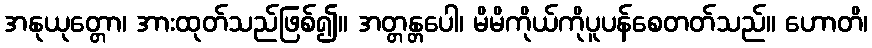
အနုယုတ္တော၊ အားထုတ်သည်ဖြစ်၍။ အတ္တန္တပေါ၊ မိမိကိုယ်ကိုပူပန်စေတတ်သည်။ ဟောတိ၊